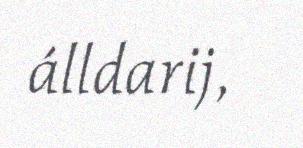
álldarij,